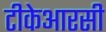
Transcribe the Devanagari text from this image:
टीकेआरसी